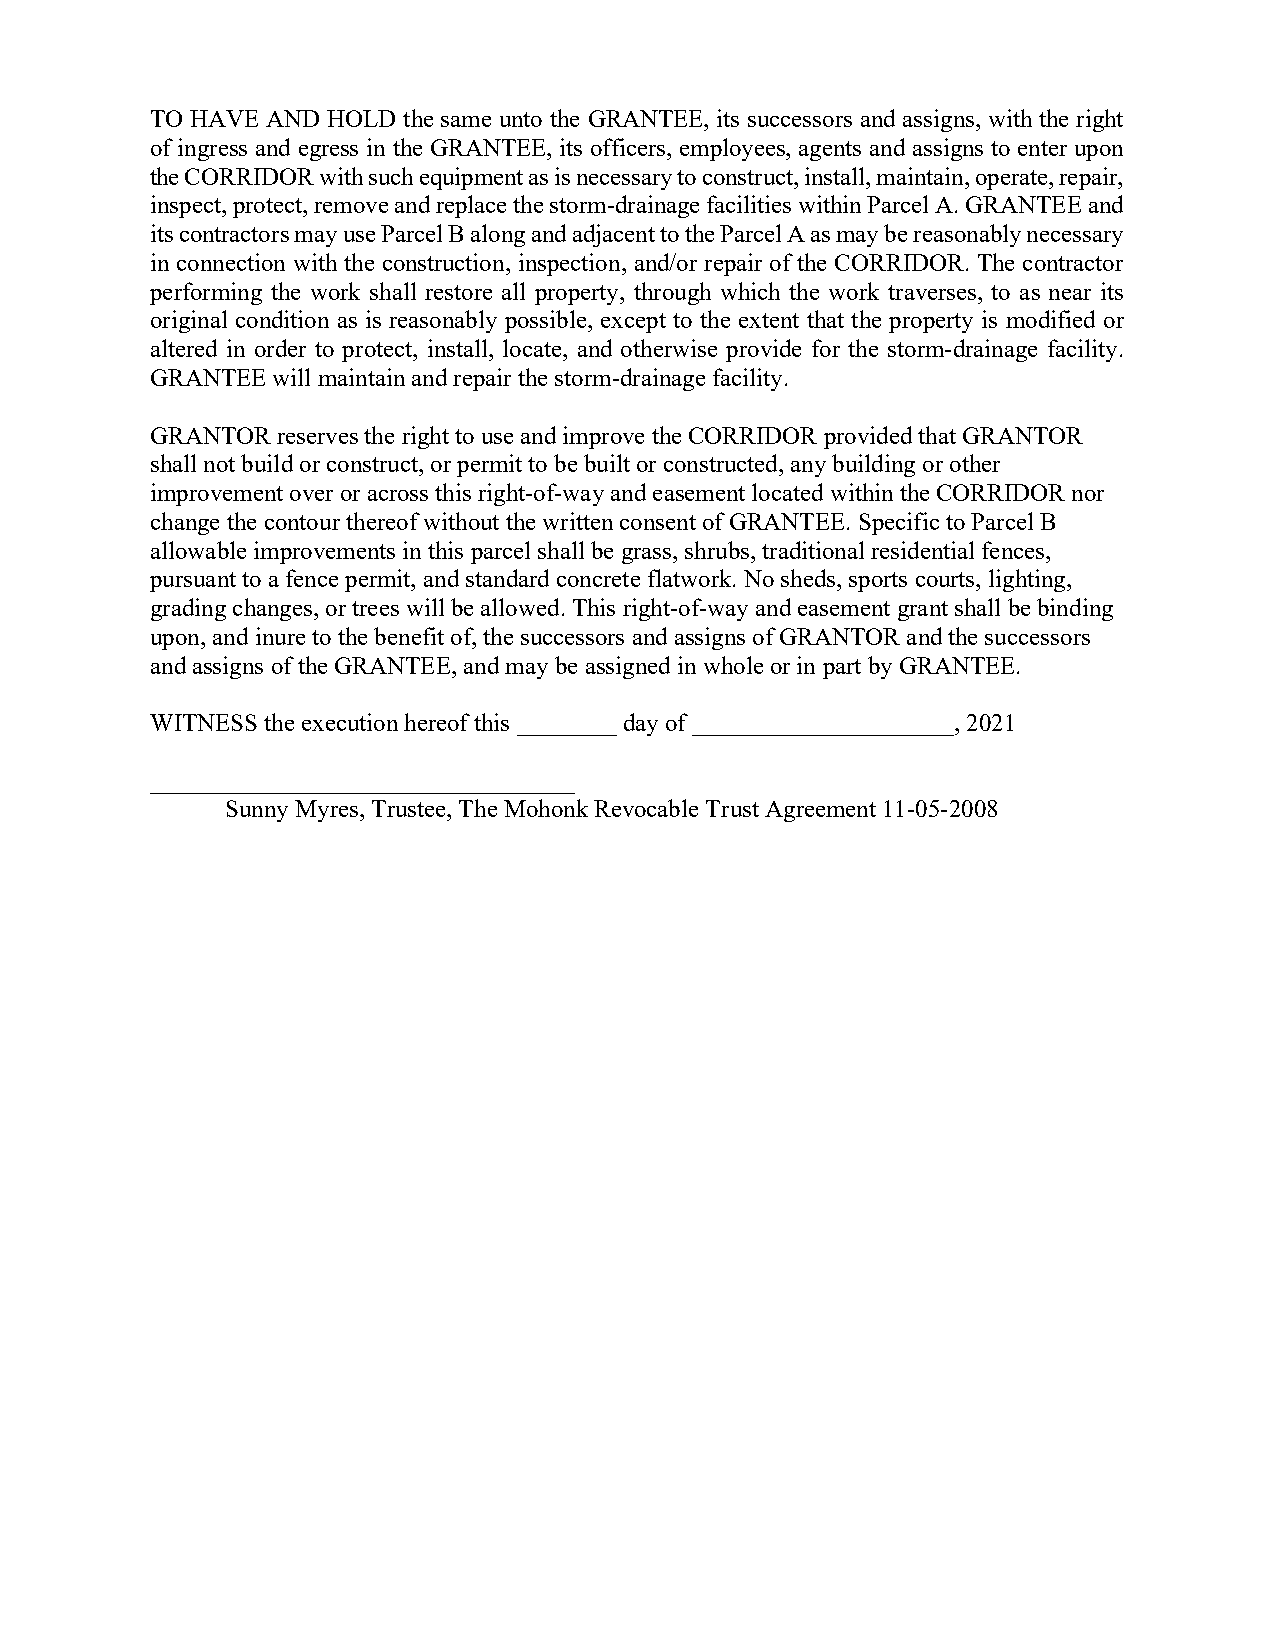
TO HAVE AND HOLD the same unto the GRANTEE, its successors and assigns, with the right
 of ingress and egress in the GRANTEE, its officers, employees, agents and assigns to enter upon
 the CORRIDOR with such equipment as is necessary to construct, install, maintain, operate, repair,
 inspect, protect, remove and replace the storm-drainage facilities within Parcel A. GRANTEE and
 its contractors may use Parcel B along and adjacent to the Parcel A as may be reasonably necessary
 in connection with the construction, inspection, and/or repair of the CORRIDOR. The contractor
 performing the work shall restore all property, through which the work traverses, to as near its
 original condition as is reasonably possible, except to the extent that the property is modified or
 altered in order to protect, install, locate, and otherwise provide for the storm-drainage facility.
 GRANTEE will maintain and repair the storm-drainage facility.
 GRANTOR reserves the right to use and improve the CORRIDOR provided that GRANTOR
 shall not build or construct, or permit to be built or constructed, any building or other
 improvement over or across this right-of-way and easement located within the CORRIDOR nor
 change the contour thereof without the written consent of GRANTEE. Specific to Parcel B
 allowable improvements in this parcel shall be grass, shrubs, traditional residential fences,
 pursuant to a fence permit, and standard concrete flatwork. No sheds, sports courts, lighting,
 grading changes, or trees will be allowed. This right-of-way and easement grant shall be binding
 upon, and inure to the benefit of, the successors and assigns of GRANTOR and the successors
 and assigns of the GRANTEE, and may be assigned in whole or in part by GRANTEE.
 WITNESS the execution hereof this ________ day of _____________________, 2021
 __________________________________
 Sunny Myres, Trustee, The Mohonk Revocable Trust Agreement 11-05-2008